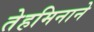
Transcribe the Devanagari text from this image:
तेहमिनाने